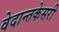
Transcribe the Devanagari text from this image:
वेदान्तकेसरी